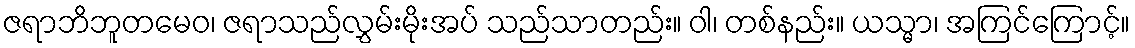
ဇရာဘိဘူတမေဝ၊ ဇရာသည်လွှမ်းမိုးအပ် သည်သာတည်း။ ဝါ၊ တစ်နည်း။ ယသ္မာ၊ အကြင်ကြောင့်။